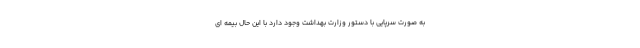
به صورت سرپایی با دستور وزارت بهداشت وجود دارد با این حال بیمه ای